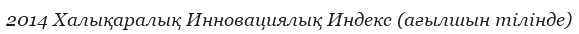
2014 Халықаралық Инновациялық Индекс (ағылшын тілінде)